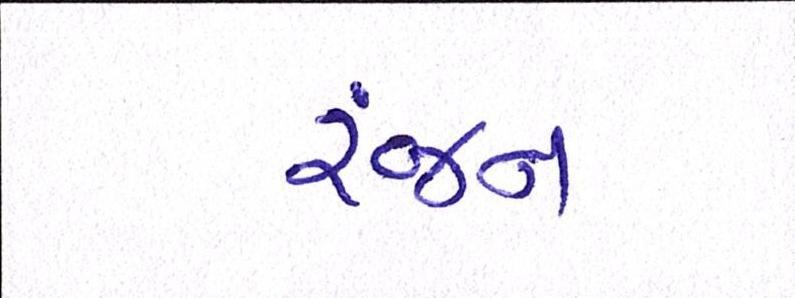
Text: રંજન